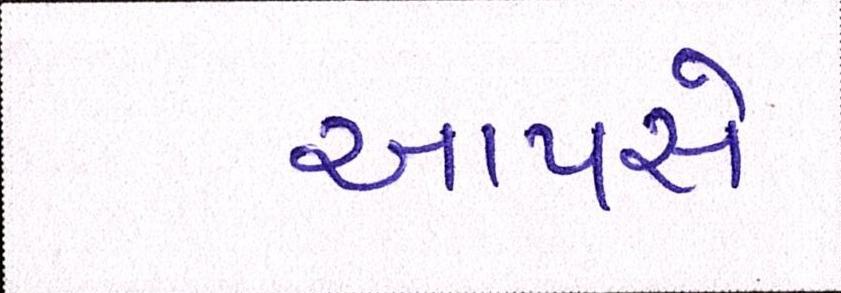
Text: આપસે